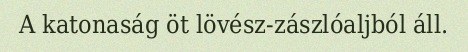
A katonaság öt lövész-zászlóaljból áll.